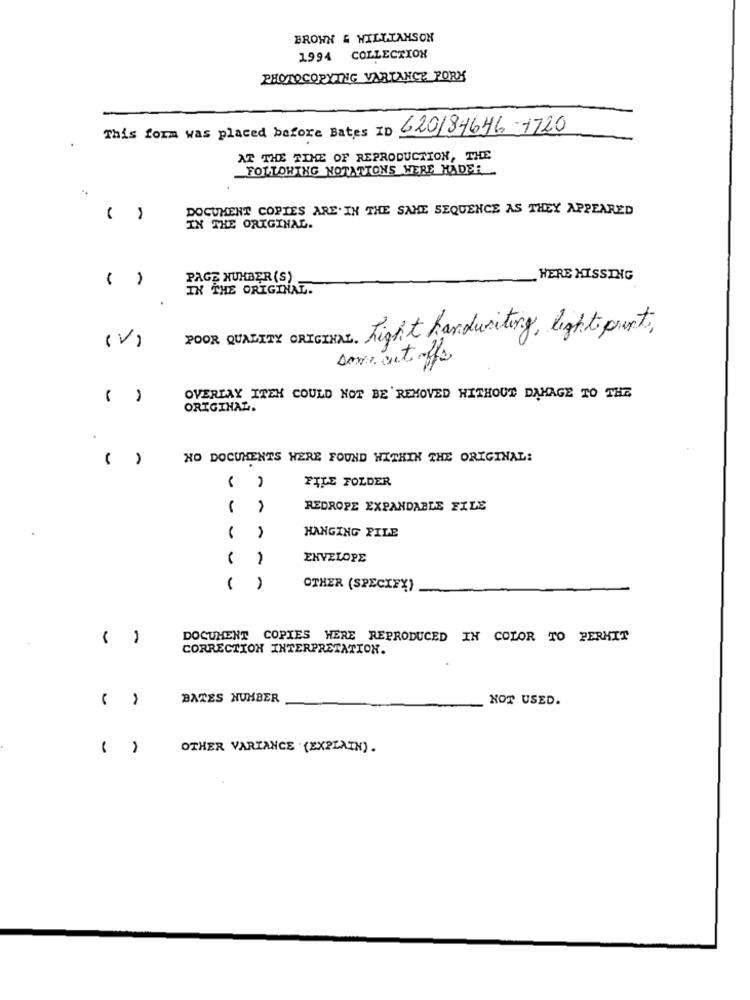
BROWN & WILLIAMSON
1994 COLLECTION
PHOTOCOPYING VARIANCE PORK
This form was placed before Bates ID 620/84646-1720
AT THE TIME OF REPRODUCTION, THE
FOLLOWING NOTATIONS WERE HADER
DOCUMENT COPIES ARE. IN THE SAME SEQUENCE AS THEY APPEARED
( )
IN THE ORIGINAL.
( )
PAGE NUMBER (S)
HERE KISSING
IN THE ORIGINAL.
POOR QUALITY ORIGINAL. Right handwriting, light part,
(V)
Dove cuts off
( )
OVERLAY ITEK COULD NOT BE REMOVED WITHOUT DAMAGE TO THE
ORIGINAL.
( )
NO DOCUMENTS WERE FOUND WITHIN THE ORIGINAL:
FILE FOLDER
-
REDROPE EXPANDABLE FILE
HANGING FILE
1
ENVELOPE
( )
OTHER (SPECIFY)
( )
DOCUMENT COPIES HERE REPRODUCED IN COLOR TO PERMIT
CORRECTION INTERPRETATION.
BATES NUMBER
NOT USED.
( )
OTHER VARIANCE (EXPLAIN) .